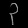
Digit: ၃